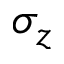
\sigma _ { z }